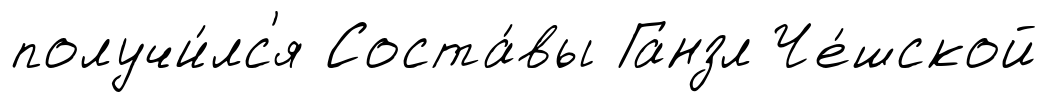
получи́лс'я Соста́вы Ганзл Че́шской